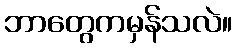
ဘာတွေကမှန်သလဲ။